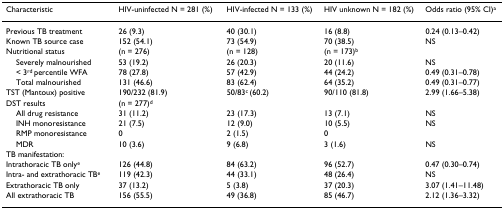
<table><thead><tr><td><b>Characteristic</b></td><td><b>HIV-uninfected N = 281 (%)</b></td><td><b>HIV-infected N = 133 (%)</b></td><td><b>HIV unknown N = 182 (%)</b></td><td><b>Odds ratio (95% CI)<sup>a</sup></b></td></tr></thead><tbody><tr><td>Previous TB treatment</td><td>26 (9.3)</td><td>40 (30.1)</td><td>16 (8.8)</td><td>0.24 (0.13–0.42)</td></tr><tr><td>Known TB source case</td><td>152 (54.1)</td><td>73 (54.9)</td><td>70 (38.5)</td><td>NS</td></tr><tr><td>Nutritional status</td><td>(n = 276)</td><td>(n = 128)</td><td>(n = 173)<sup>b</sup></td><td></td></tr><tr><td> Severely malnourished</td><td>53 (19.2)</td><td>26 (20.3)</td><td>20 (11.6)</td><td>NS</td></tr><tr><td> &lt; 3<sup>rd </sup>percentile WFA</td><td>78 (27.8)</td><td>57 (42.9)</td><td>44 (24.2)</td><td>0.49 (0.31–0.78)</td></tr><tr><td> Total malnourished</td><td>131 (46.6)</td><td>83 (62.4)</td><td>64 (35.2)</td><td>0.49 (0.31–0.77)</td></tr><tr><td>TST (Mantoux) positive</td><td>190/232 (81.9)</td><td>50/83<sup>c </sup>(60.2)</td><td>90/110 (81.8)</td><td>2.99 (1.66–5.38)</td></tr><tr><td>DST results</td><td>(n = 277)<sup>d</sup></td><td></td><td></td><td></td></tr><tr><td> All drug resistance</td><td>31 (11.2)</td><td>23 (17.3)</td><td>13 (7.1)</td><td>NS</td></tr><tr><td> INH monoresistance</td><td>21 (7.5)</td><td>12 (9.0)</td><td>10 (5.5)</td><td>NS</td></tr><tr><td> RMP monoresistance</td><td>0</td><td>2 (1.5)</td><td>0</td><td></td></tr><tr><td> MDR</td><td>10 (3.6)</td><td>9 (6.8)</td><td>3 (1.6)</td><td>NS</td></tr><tr><td>TB manifestation:</td><td></td><td></td><td></td><td></td></tr><tr><td>Intrathoracic TB only<sup>e</sup></td><td>126 (44.8)</td><td>84 (63.2)</td><td>96 (52.7)</td><td>0.47 (0.30–0.74)</td></tr><tr><td>Intra- and extrathoracic TB<sup>e</sup></td><td>119 (42.3)</td><td>44 (33.1)</td><td>48 (26.4)</td><td>NS</td></tr><tr><td>Extrathoracic TB only</td><td>37 (13.2)</td><td>5 (3.8)</td><td>37 (20.3)</td><td>3.07 (1.41–11.48)</td></tr><tr><td>All extrathoracic TB</td><td>156 (55.5)</td><td>49 (36.8)</td><td>85 (46.7)</td><td>2.12 (1.36–3.32)</td></tr></tbody></table>